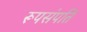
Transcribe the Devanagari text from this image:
रूपसंपति